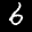
Label: 6